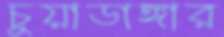
চুয়াডাঙ্গার